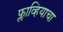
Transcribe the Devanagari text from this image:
फ्लाव्हियाचा